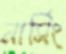
নার্সিং